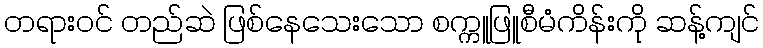
တရားဝင် တည်ဆဲ ဖြစ်နေသေးသော စက္ကူဖြူစီမံကိန်းကို ဆန့်ကျင်